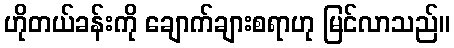
ဟိုတယ်ခန်းကို ချောက်ချားစရာဟု မြင်လာသည်။